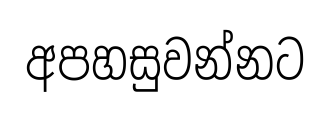
අපහසුවන්නට